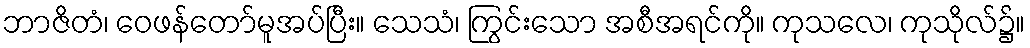
ဘာဇိတံ၊ ဝေဖန်တော်မူအပ်ပြီး။ သေသံ၊ ကြွင်းသော အစီအရင်ကို။ ကုသလေ၊ ကုသိုလ်၌။